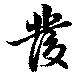
発